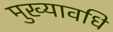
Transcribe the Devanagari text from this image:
मुख्यावधि